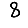
Digit: 8